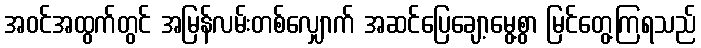
အဝင်အထွက်တွင် အမြန်လမ်းတစ်လျှောက် အဆင်ပြေချော့မွေ့စွာ မြင်တွေ့ကြရသည်